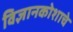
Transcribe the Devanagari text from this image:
विज्ञानकोशाचे